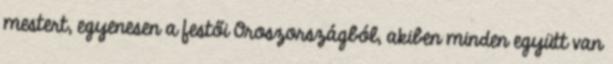
mestert, egyenesen a festői Oroszországból, akiben minden együtt van